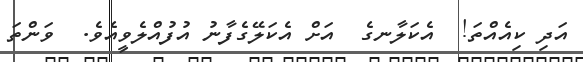
އަދި ކިއެއްތަ!  އެކަލާނގެ  އަށް އެކަލޭގެފާނު އުފުއްލެވީއެވެ.  ވަންތަ